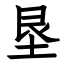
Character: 垦